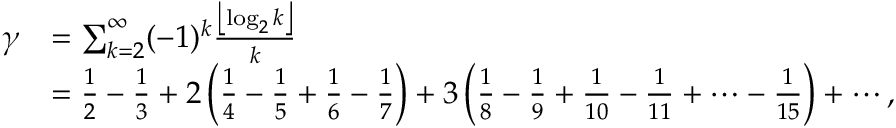
{ \begin{array} { r l } { \gamma } & { = \sum _ { k = 2 } ^ { \infty } ( - 1 ) ^ { k } { \frac { \left\lfloor \log _ { 2 } k \right\rfloor } { k } } } \\ & { = { \frac { 1 } { 2 } } - { \frac { 1 } { 3 } } + 2 \left( { \frac { 1 } { 4 } } - { \frac { 1 } { 5 } } + { \frac { 1 } { 6 } } - { \frac { 1 } { 7 } } \right) + 3 \left( { \frac { 1 } { 8 } } - { \frac { 1 } { 9 } } + { \frac { 1 } { 1 0 } } - { \frac { 1 } { 1 1 } } + \cdots - { \frac { 1 } { 1 5 } } \right) + \cdots , } \end{array} }